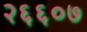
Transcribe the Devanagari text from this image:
२६६०७